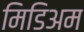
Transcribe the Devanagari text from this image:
मिडिअम